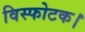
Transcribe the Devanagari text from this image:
विस्फोटक।